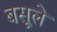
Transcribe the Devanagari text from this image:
बसूले